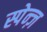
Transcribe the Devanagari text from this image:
स्पेन्ज़